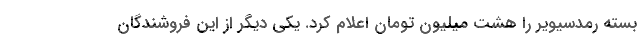
بسته رمدسیویر را هشت میلیون تومان اعلام کرد. یکی دیگر از این فروشندگان